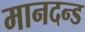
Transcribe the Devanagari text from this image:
मानदन्ड